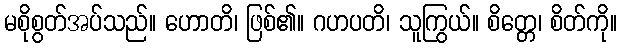
မစိုစွတ်အပ်သည်။ ဟောတိ၊ ဖြစ်၏။ ဂဟပတိ၊ သူကြွယ်။ စိတ္တေ၊ စိတ်ကို။